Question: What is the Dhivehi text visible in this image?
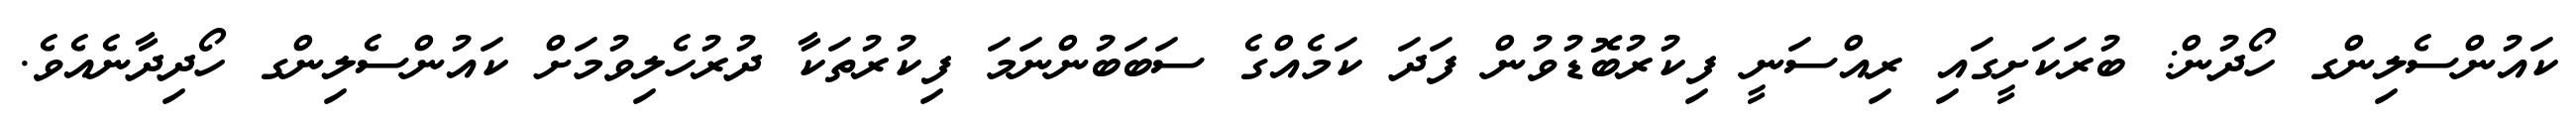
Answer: ކައުންސެލިންގ ހޯދުން: ބުރަކަށީގައި ރިއްސަނީ ފިކުރުބޮޑުވުން ފަދަ ކަމެއްގެ ސަބަބުންނަމަ ފިކުރުތަކާ ދުރުހެލިވުމަށް ކައުންސެލިންގ ހޯދިދާނެއެވެ.